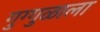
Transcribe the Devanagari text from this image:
गुग्गुळाला